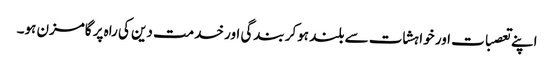
اپنے تعصبات اور خواہشات سے بلند ہوکر بندگی اور خدمت دین کی راہ پر گامزن ہو۔